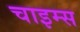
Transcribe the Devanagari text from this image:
चाइम्‍स